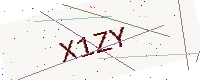
Text: X1ZY